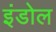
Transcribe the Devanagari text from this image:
इंडोल